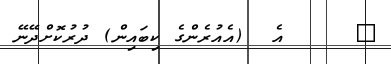
٨     އެ  (އެއުރެންގެ ކިބައިން) ދުރުކޮށްދޭނޭ